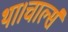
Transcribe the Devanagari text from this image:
था।चार्ल्स